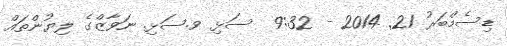
ޑިސެމްބަރު 21